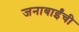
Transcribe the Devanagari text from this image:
जनाबाईंची